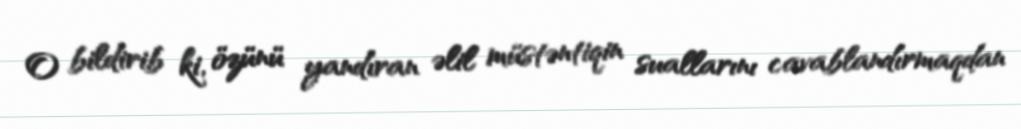
O bildirib ki, özünü yandıran əlil müstəntiqin suallarını cavablandırmaqdan